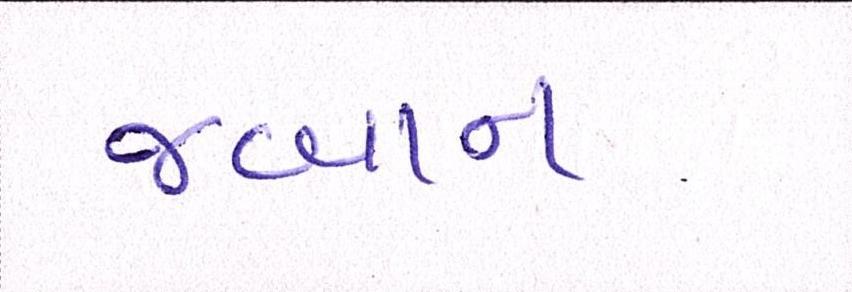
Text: જબાન